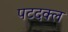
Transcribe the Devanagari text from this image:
पटदक्ल